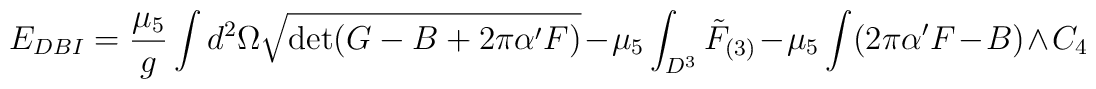
E_{DBI}=\frac{\mu_5}{g}\int d^2\Omega\sqrt{\det (G-B+2\pi\alpha' F)}-\mu_5\int_{D^3}\tilde F_{(3)}-\mu_5\int (2\pi\alpha' F-B)\wedge C_4